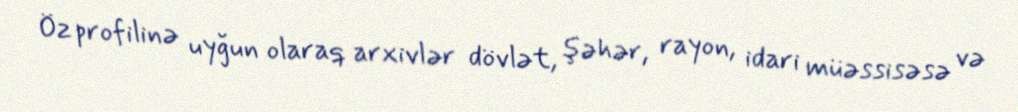
Öz profilinə uyğun olaraq arxivlər dövlət, şəhər, rayon, idari müəssisəsə və